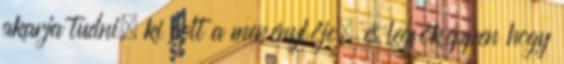
akarja tudni, ki volt a merénylője, és legfőképpen hogy